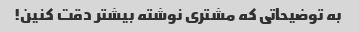
به توضیحاتی که مشتری نوشته بیشتر دقت کنین!